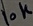
Text: 10K